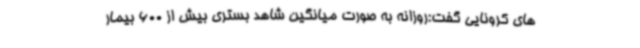
های کرونایی گفت:روزانه به صورت میانگین شاهد بستری بیش از 600 بیمار